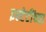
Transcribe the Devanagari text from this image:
इस्टेटींच्या